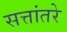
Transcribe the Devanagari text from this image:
सत्तांतरे